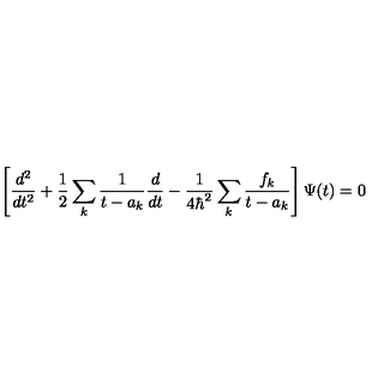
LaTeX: \left[ { \frac { d ^ { 2 } } { d t ^ { 2 } } } + { \frac { 1 } { 2 } } \sum _ { k } { \frac { 1 } { t - a _ { k } } } { \frac { d } { d t } } - { \frac { 1 } { 4 \hbar ^ { 2 } } } \sum _ { k } { \frac { f _ { k } } { t - a _ { k } } } \right] \Psi ( t ) = 0